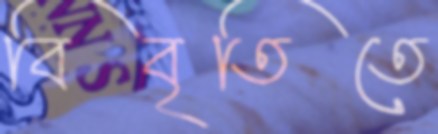
বিবৃতিতে